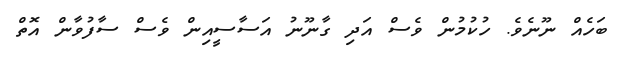
ބަހެއް ނޫނެވެ. ހުކުމުން ވެސް އަދި ގާނޫނު އަސާސީއިން ވެސް ސާފުވާން އޮތް